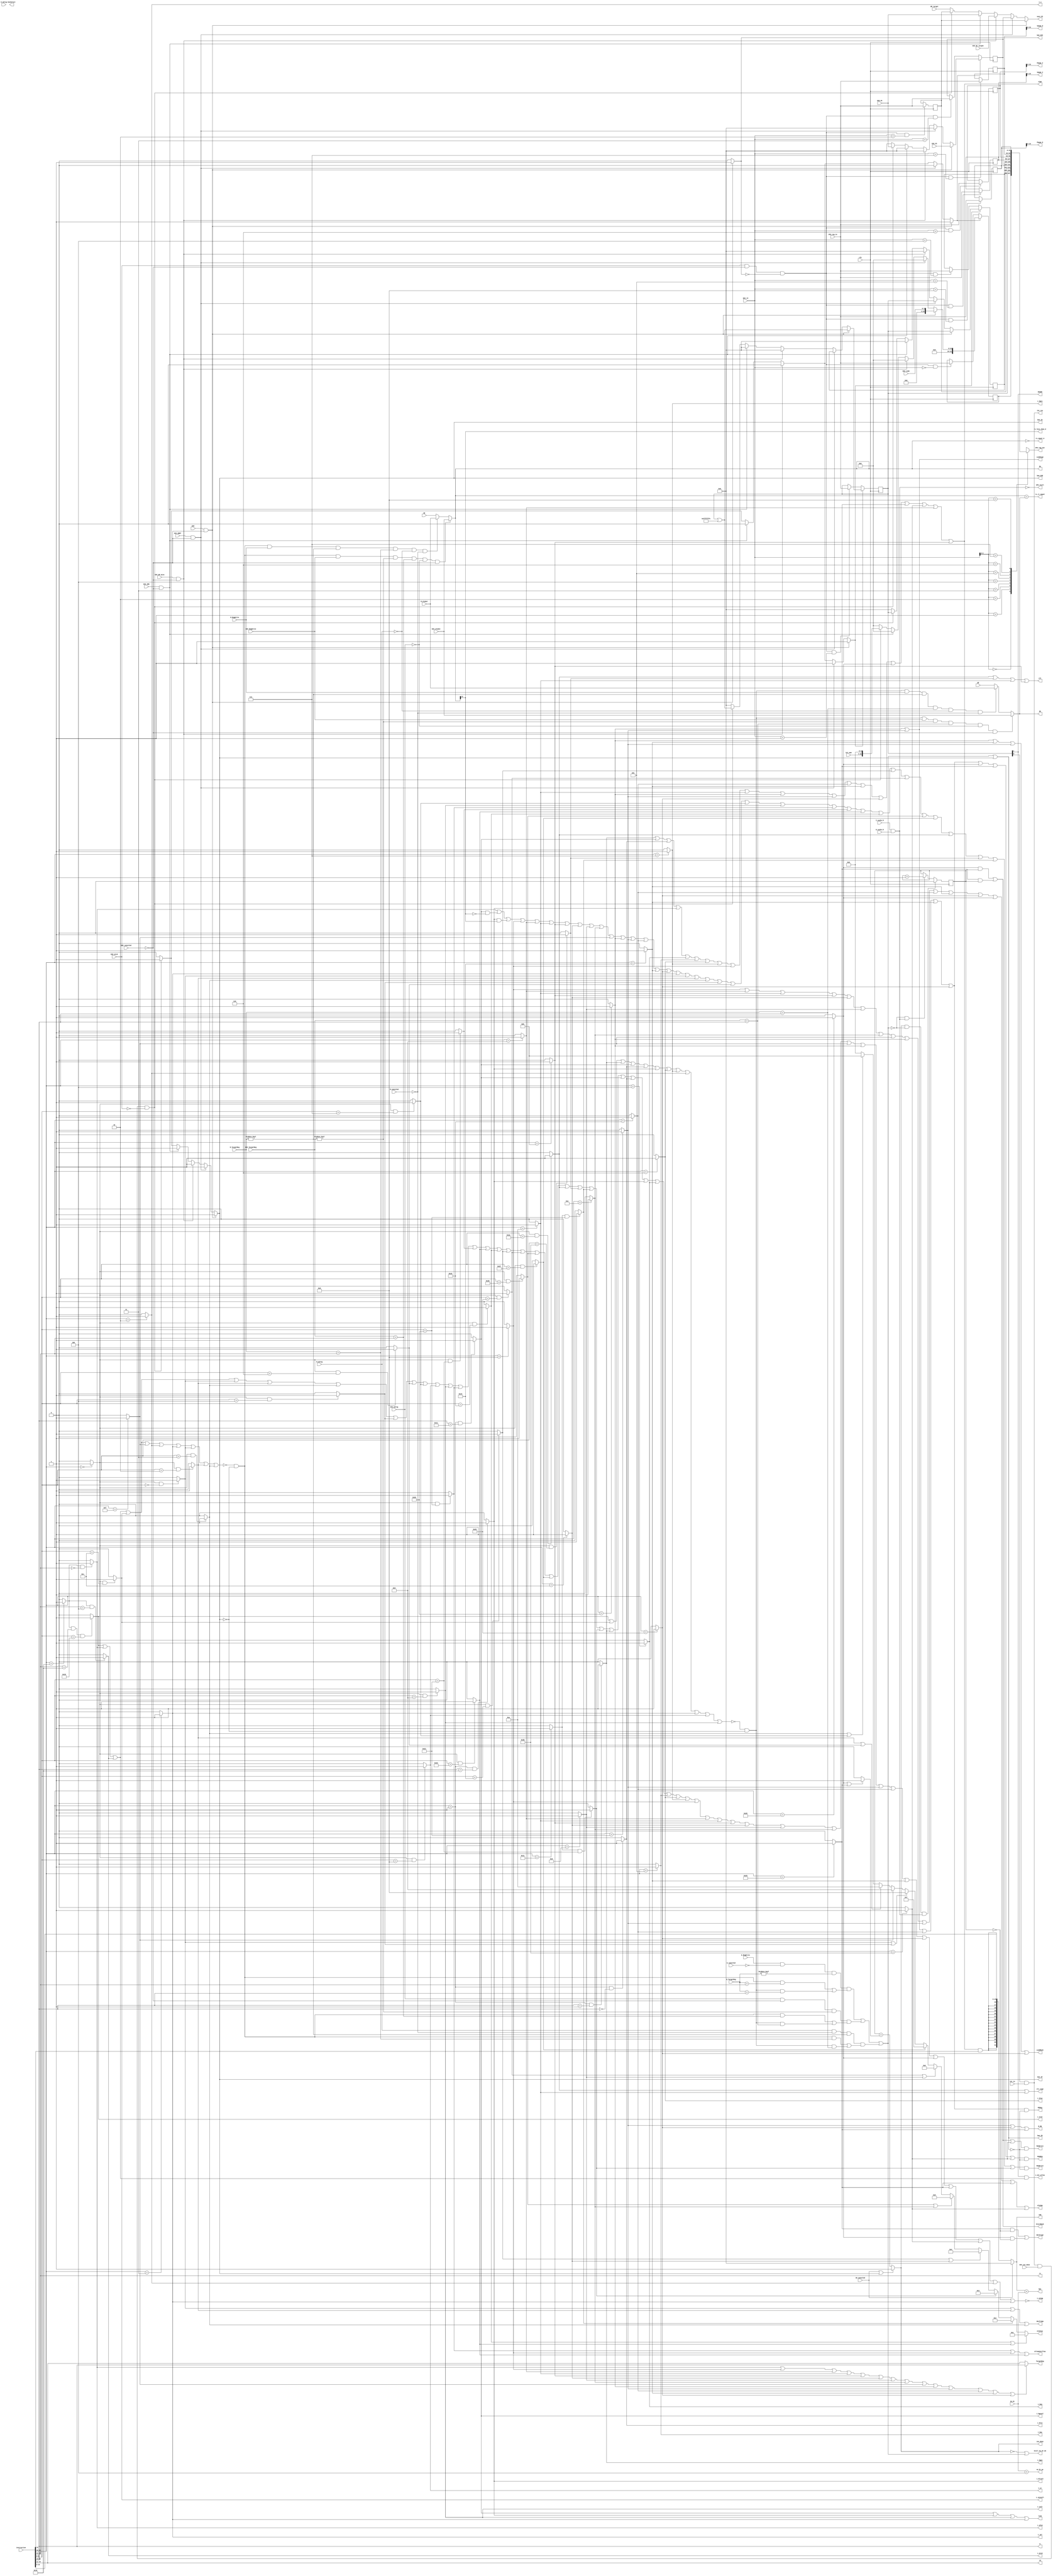
module control_unit(
    //protected mode signals
        mmuEN, Vpage_I, Ppage_I, Vpage_D, Ppage_D,
    //instruction from IF stage
    //op,rs,rt,rd,func, 
        instruction, ID_canceled,
    //output to register files
        rs,rt,
    //input from register files
        qa,qb,

    //data output for next stage
        da, db, imm, TargetReg, 
    
    //output control signals for next stage
        RegWrite,M2Reg,MemReq,MemWrite,AluImm,ShiftImm,link,slt,sign,slt_sign,
        //for different load/store instructions
        StoreMask,LoadMask,B_HW,LoadSign, NotAlign,
        //for ALU
        AluFunc,ExeSelect,AllowOverflow ,
        //signal for mtc0 and mfc0 at EXC stage
        i_mtc0,i_mfc0, rd,
        //signal for multi-cycle instruction done
        ins_done,
        //signal used for branch target calculation
        bpc,no_br_pc,
        i_j,i_jal,i_jr,i_jalr,i_eret,i_bgez,i_bgezal,i_bltz,i_bltzal,i_blez,
        i_bgtz,i_beq,i_bne,
        rs_equal_0, rs_rt_equal, rs_less_than_0,
        //ID stage exception outputs
        i_syscall,i_unimp,i_not_allow,

    //for Pipeline control
        //input signals for data forward
        E_TargetReg,   E_m2reg,   E_RegWrite,
        EXC_TargetReg, EXC_m2reg, EXC_RegWrite,
        M_TargetReg,   M_m2reg,   M_RegWrite,
        EXC_AluOut,    M_AluOut,      
        //Input canceled signals
        E_canceled, EXC_canceled, M_canceled,
        //control signals for pipeline stall
        //inputs
        I_cache_R, D_cache_R,
        //outputs
        CPU_stall, Stall_IA_IF_ID, 
    //next PC is calculated within CU
        next_PC,
        //use these values as next PC in different situations
        BP_target,EXC_Br_target,
    //for exception and interrupt
        //ban signal output for different stages
        ban_IA, ban_IF, ban_ID, ban_EXE, ban_EXC,
        //PC in different stage
        ID_PC,EXE_PC,EXC_PC,
        //exception input from different stages
        EXC_code,EXC,
        EXC_BP_miss, EXC_SMC, EXC_ERET,
        //instruction done signal from EXC stage for exception interrupt control
        EXC_ins_done,

        //signal from EXC stage for write request to control registers
        EXC_mtc0, EXC_rd, CP0_reg_in, CP0_reg_out,
        //interrupt vector input from the interrupt controller
        int_num,
        //interrupt input
        int_in,
        //interrupt accept output 
        int_rec,
    //clock input
        clk
);
    //######################## Interface description ###########################
    //protected mode flag output for IA stage
    output mmuEN;
    assign mmuEN = protected_mode;
    //mmu update signals
    parameter PAGE_NUM_WIDTH = 20;
    output [PAGE_NUM_WIDTH-1: 0] Vpage_I, Ppage_I, Vpage_D, Ppage_D;
    assign Vpage_I = CP0_Reg[5][PAGE_NUM_WIDTH-1: 0];
    assign Ppage_I = CP0_Reg[6][PAGE_NUM_WIDTH-1: 0];
    assign Vpage_D = CP0_Reg[7][PAGE_NUM_WIDTH-1: 0];
    assign Ppage_D = CP0_Reg[8][PAGE_NUM_WIDTH-1: 0];

    //-------------------------Instruction from IF stage -----------------------
    //instruction input from IF stage
    //input [5:0] op, func;
    //input [4:0] rs, rt, rd;
    input [31:0] instruction;
    input ID_canceled;
    //If the pre-fetched instruction has been canceled at IF stage, CU treats it
    //as a nop instruction. 
    wire [5:0] op =   instruction [31:26];
    //output to register files
    output [4:0] rs ;
    assign rs = instruction [25:21];
    output [4:0] rt ;
    assign rt = instruction [20:16];
    wire [5:0] func = instruction [5:0];
    
    
    //--------------------Input from Register File------------------------------
    input [31:0] qa,qb;
    
    //--------------------Data Output to Next Stage-----------------------------
    output [31:0] da,db,imm;
    output [4:0] TargetReg;


    //-------------------------Control Signals to next stage---------------------
    //These signals is the decoded signal for next stage driving different part
    //in the CPU.
    //RegWrite  : instruction needs to write a register
    //M2Reg     : instruction needs to read memory into a register
    //MemReq    : instruction needs to read or write memory
    //MemWrite  : instruction needs to write memory
    //AluImm    : one of the input of ALU is a immediate number
    //shift     : operation of EXE stage is shift operation
    //link      : instruction is a jump and link instruction
    //stl       : instruction is a condition testing and conditional move operation
    output     RegWrite,M2Reg,MemReq,MemWrite,AluImm,ShiftImm,link,slt;

    //This signal controls the sign extension in ID stage, it's used for instructions
    //that needs immediate operand. It is also used in EXE stage for mask the overflow
    //signal. 
    output sign;
    output slt_sign;
    //These signals are used for load/store byte and half word instructions
    output StoreMask,LoadMask,B_HW,LoadSign,NotAlign;

    //ExeSelect : select the output of EXE stage 这个向量目前需要修改。
    //  00  :  pc8;
    //  01  :  HL_out;
    //  10  :  arith_out;
    //  11  :  32'b0   
    //我撤掉了乘法除法的支持，因此HL_out这个需要改
    //从延时槽改成了分支预测，因此pc8也需要改动
    output reg [1:0] ExeSelect;

    //AluFunc   : Alu function code when the instruction needs to use the ALU
    //               |Unit 00    | Unit 01    | Unit 10    | Unit 11    |
    //               |---------------------------------------------------
    //               |code  func | code  func | code  func | code  func |
    //               |--------------------------------------------------|
    //               |0000  ADD  | 0100  AND  | 1000  SLL  | 1100  MULT |
    //               |0001  SUB  | 0101  XOR  | 1001  LUI  | 1101  MULTU|
    //               |0010  CLZ  | 0110  OR   | 1010  SRL  | 1110  DIV  |
    //               |0011  CLO  | 0111  NOR  | 1011  SRA  | 1111  DIVU |
    output reg [3:0] AluFunc;
    output AllowOverflow ;
    //signals for mtc0 and mfc0 at EXC stage
    output i_mtc0,i_mfc0;
    //This vector is for mtc0 and mfc0 at EXC stage
    output [4:0] rd;
    assign rd =  instruction [15:11];
    //signal for indicate multi-cycle instruction done
    output ins_done;
    
    //signal used for branch target calculation
    output [31:0] bpc,no_br_pc;
    output i_j,i_jal,i_jr,i_jalr,i_eret,i_bgez,i_bgezal,i_bltz,i_bltzal,i_blez,
            i_bgtz,i_beq,i_bne;
    output   rs_equal_0,rs_rt_equal,rs_less_than_0;

    //ID stage exception outputs
    output i_syscall,i_unimp,i_not_allow;

    //------------------for pipeline control--------------------------------------
    //--------------------------For data forward---------------------------------
    //signals for data forward. They are used for solving data hazard.
    //M_m2reg indicates there is a memory to register operation in the MEM stage
    //M_RegWrite indicates there is a register write operation in the MEM stage
    //E_m2reg and E_RegWrite are the same but for EXE stage.
    input  M_m2reg,M_RegWrite,E_m2reg,E_RegWrite,EXC_m2reg,EXC_RegWrite;

    //These signals tell CU target register number in register write operations
    input  [ 4:0] M_TargetReg,EXC_TargetReg,E_TargetReg;

    //These signals are the data in different stages.
    input  [31:0] EXC_AluOut,M_AluOut;
    
    //Canceled signals for data forward
    input E_canceled, EXC_canceled, M_canceled;
    //cache ready inputs
    input I_cache_R, D_cache_R;
    //CPU_stall stalls cpu when cache is not ready
    output CPU_stall;
    assign CPU_stall = ~(I_cache_R & D_cache_R);
    //Stall_IA_IF_ID disable the write enable of PC and IR register. This signal is active when
    //we need to pause the instruction fetch while other stages still go, e.g. a read
    //after write data hazard.
    output Stall_IA_IF_ID;

    //next PC is calculated within CU
    output reg [31:0] next_PC;
    //next_PC in normal state
    input [31:0] BP_target;
    //next_PC in BP_miss
    input [31:0] EXC_Br_target;

    //These signals abandon the instruction in each stage. Instruction should be abandoned
    //when there's a pipe line event such as EXC_BP_miss, exception,etc.
    output  ban_IA,ban_IF,ban_ID,ban_EXE;
    output reg ban_EXC;
    assign ban_IA = ban_IA_IF_ID_EXE;
    assign ban_IF = ban_IA_IF_ID_EXE;
    assign ban_EXE = ban_IA_IF_ID_EXE;

    //PC register from different stages. These inputs are used for control the pipeline
    //when there's a branch, interrupt or exception. 
    input [31:0] ID_PC, EXE_PC, EXC_PC;

    //signal from EXC stage for exception and  interrupt control
    //exception input from EXC stages
    input [3:0] EXC_code;
    input EXC;
    //bpmiss, SMC and Eret signal
    input EXC_BP_miss;
    input EXC_SMC;
    input EXC_ERET;
    //ins done from EXC stage for interrupt control
    input EXC_ins_done;

    //signal from EXC stage for write request to control registers
    input EXC_mtc0;
    input [4:0] EXC_rd;
    input [31:0] CP0_reg_in;
    output [31:0] CP0_reg_out;

    //for interrupt
    input int_in;
    output int_rec;
    input [19:0] int_num;

    //-----------------for clock and synchronize clear------------------------------
    input clk;


    //######################## Module Implementation ###########################

    //-----------------------Decode the Instructions------------------------------
    //the instruction is R-type if the op code is 000000(SPECIAL), 011100(SPECIAL2)
    //or 010000(CP0). 
    wire r_type  = ((op == 6'b000000)? 1'b1:1'b0);
    wire r_type_2 = ((op == 6'b011100)? 1'b1:1'b0);
    wire r_type_cp0 = ((op == 6'b010000)? 1'b1:1'b0);

    //supported instructions:
    //R_type
    wire i_eret = (r_type_cp0 && rs==5'b10000 && func==6'b011000)?1'b1:1'b0;
    wire i_mfc0 = (r_type_cp0 && rs==5'b00000) ? 1'b1:1'b0;
    wire i_mtc0 = (r_type_cp0 && rs==5'b00100) ? 1'b1:1'b0;

    wire i_syscall = (r_type && func ==6'b001100) ? 1'b1:1'b0;

    wire i_sll  = (r_type && func==6'b000000) ? 1'b1:1'b0;
    wire i_srl  = (r_type && func==6'b000010) ? 1'b1:1'b0;
    wire i_sra  = (r_type && func==6'b000011) ? 1'b1:1'b0;
    wire i_sllv = (r_type && func==6'b000100) ? 1'b1:1'b0;
    wire i_srlv = (r_type && func==6'b000110) ? 1'b1:1'b0;
    wire i_srav = (r_type && func==6'b000111) ? 1'b1:1'b0;
    wire i_jr   = (r_type && func==6'b001000) ? 1'b1:1'b0;
    wire i_jalr = (r_type && func==6'b001001) ? 1'b1:1'b0;
    wire i_add  = (r_type && func==6'b100000) ? 1'b1:1'b0;
    wire i_addu = (r_type && func==6'b100001) ? 1'b1:1'b0;
    wire i_sub  = (r_type && func==6'b100010) ? 1'b1:1'b0;
    wire i_subu = (r_type && func==6'b100011) ? 1'b1:1'b0;
    wire i_and  = (r_type && func==6'b100100) ? 1'b1:1'b0;
    wire i_or   = (r_type && func==6'b100101) ? 1'b1:1'b0;
    wire i_xor  = (r_type && func==6'b100110) ? 1'b1:1'b0;
    wire i_nor  = (r_type && func==6'b100111) ? 1'b1:1'b0;
    wire i_slt  = (r_type && func==6'b101010) ? 1'b1:1'b0;
    wire i_sltu = (r_type && func==6'b101011) ? 1'b1:1'b0;

    wire i_clz  = (r_type_2 && func==6'b100000) ? 1'b1:1'b0;
    wire i_clo  = (r_type_2 && func==6'b100001) ? 1'b1:1'b0;

    //I_type
    wire i_bgez   = (op==6'b000001 && rt==5'b00001) ? 1'b1:1'b0;
    wire i_bgezal = (op==6'b000001 && rt==5'b10001) ? 1'b1:1'b0;
    wire i_bltz   = (op==6'b000001 && rt==5'b00000) ? 1'b1:1'b0;
    wire i_bltzal = (op==6'b000001 && rt==5'b10000) ? 1'b1:1'b0;
    wire i_beq    = (op==6'b000100) ? 1'b1:1'b0;
    wire i_bne    = (op==6'b000101) ? 1'b1:1'b0; 
    wire i_blez   = (op==6'b000110) ? 1'b1:1'b0;
    wire i_bgtz   = (op==6'b000111) ? 1'b1:1'b0;
    wire i_addi   = (op==6'b001000) ? 1'b1:1'b0;
    wire i_addiu  = (op==6'b001001) ? 1'b1:1'b0;
    wire i_slti   = (op==6'b001010) ? 1'b1:1'b0;
    wire i_sltiu  = (op==6'b001011) ? 1'b1:1'b0;
    wire i_andi   = (op==6'b001100) ? 1'b1:1'b0;
    wire i_ori    = (op==6'b001101) ? 1'b1:1'b0;
    wire i_xori   = (op==6'b001110) ? 1'b1:1'b0;
    wire i_lui    = (op==6'b001111) ? 1'b1:1'b0;
    wire i_lb     = (op==6'b100000) ? 1'b1:1'b0;
    wire i_lh     = (op==6'b100001) ? 1'b1:1'b0;
    wire i_lw     = (op==6'b100011) ? 1'b1:1'b0;
    wire i_lbu    = (op==6'b100100) ? 1'b1:1'b0;
    wire i_lhu    = (op==6'b100101) ? 1'b1:1'b0;
    wire i_sb     = (op==6'b101000) ? 1'b1:1'b0;
    wire i_sh     = (op==6'b101001) ? 1'b1:1'b0;
    wire i_sw     = (op==6'b101011) ? 1'b1:1'b0;

    //J_type
    wire i_j   = (op==6'b000010) ? 1'b1:1'b0;
    wire i_jal = (op==6'b000011) ? 1'b1:1'b0;

    //for instructions which are not implemented. 
    wire i_unimp =~(i_eret | i_mfc0 | i_mtc0 | i_syscall |i_sll | i_srl | 
                    i_sra | i_sllv | i_srlv | i_srav | i_jr | i_jalr | i_add | 
                    i_addu | i_sub | i_subu | i_and  | i_or | i_xor | i_nor | 
                    i_slt | i_sltu | i_clz | i_clo | i_bgez | i_bgezal | i_bltz|
                    i_bltzal | i_beq | i_bne | i_blez | i_bgtz | i_addi | i_addiu |
                    i_slti | i_sltiu | i_andi | i_ori | i_xori | i_lui | i_lb |
                    i_lh | i_lw | i_lbu | i_lhu | i_sb | i_sh | i_sw | i_j | i_jal);
  
    wire protected_mode = CP0_Reg[1][1];
    wire i_not_allow = protected_mode & (i_eret | i_mfc0 | i_mtc0);

    //------------------------Multi-cycle instructions----------------------------
    //cycle implies number of cycles for a instruction
    //The width of this signal is variable. For now the maximum is 2 clock cycles,
    //so the cycle is 1 bit long.
    wire cycle = (i_sb|i_sh) ? 1'b1 : 1'b0;
    //upc is the micro program counter for multi-cycle instructions.
    //upc is cleared when a instruction is done.
    //As mentioned above the width of this counter is variable.
    reg upc;
    //New instruction is fetched only when last instruction is done.
    wire ins_done = (ID_canceled | ban_ID_EXC) ? 1'b1 : upc == cycle;
    initial begin
        upc <=0;
    end
    always @(posedge clk)
    begin

            if (ins_done &~Stall_RAW & ~CPU_stall) upc <= 0;
            //If there's a read after write hazard, the ID and IF stage must be wait
            //for one clock cycle, so does the update of upc. 
            //Use a separate stall signal from Stall_ID_IF is necessary, because 
            //when a multi-cycle instruction is not finished, we use Stall_ID_IF
            //to stall the ID and IF stage, but the upc should still update. 
            else if (~Stall_RAW & ~CPU_stall) upc <= upc +1'b1;
    end


    //-------------------------generate control signals---------------------------
    //RegWrite is High when instruction needs to write registers.
    //This signal is used as write enable signal of the register file at WB stage.
    assign RegWrite = (i_mfc0|(i_bgezal & (~rs_less_than_0))|(i_bltzal & rs_less_than_0)
                    |i_addi|i_addiu|i_slti|i_sltiu|i_andi|i_ori|i_xori|i_lui|i_lb|i_lh
                    |i_lw|i_lbu|i_lhu|i_jal|i_sll|i_srl|i_sra|i_sllv|i_srlv|i_srav|i_jalr
                    |i_add|i_addu|i_sub|i_subu|i_and|i_or|i_xor|i_nor|i_slt|i_sltu|i_clz
                    |i_clo) & ~ban_ID;

    //Memory to Register is active when the instruction is a load operate. 
    //This signal is used for selecting input of register file at WB stage. 
    assign M2Reg = (i_lb|i_lh|i_lw|i_lbu|i_lhu) & ~ban_ID;

    //Memory request signal is active when the instruction needs to access the memory,
    //This signal is used at MEM stage. If accessing the memory is not needed, MEM can
    //be skipped BASEd on this signal. 
    //Store byte and Store half-word request memory access at both two cycle.
    assign MemReq = (i_lb|i_lh|i_lw|i_lbu|i_lhu|i_sb|i_sh|i_sw) & ~ban_ID;
    
    //Memory Write is active when the instruction is a store operate.
    //Store byte and Store half-word need two cycle, second cycle of these two instruction
    //need to write the memory
    assign MemWrite = (i_sb & (upc == 1)|i_sh & (upc ==1)|i_sw) & ~ban_ID;

    //AluImm indicates that operand B of ALU is an immediate operand, it is used at EXE 
    //stage.
    //For load and store instructions, memory address is calculated by alu with an 
    //16-bit immediate offset and rs.
    //Branch instructions have 16-bit immediate offset, but the target address is 
    //calculated at ID stage, so AluImm signal is zero for branch instructions.
    assign AluImm = i_addi|i_addiu|i_slti|i_sltiu|i_andi|i_ori|i_xori|i_lui|i_lb|i_lh
                    |i_lw|i_lbu|i_lhu|i_sb|i_sh|i_sw;
    
    //ShiftImm is used at EXE stage. For shift word operations, rs is 5-bit zeros, and
    //the shift amount is after rd, ShiftImm selected the correct sa into operand A of 
    //ALU. For shift word variable operations, This signal is low, since the shift amount 
    //is rs, like a normal R type instruction.
    assign ShiftImm = i_sll|i_srl|i_sra;

    //link signal is for branch and link operations. This signal is used at EXE stage,
    //link means that save corresponding pc into register 31, so when this signal is 
    //active, EXE stage will override the output of ALU with corresponding PC and select
    //31 as the target register number.
    assign link = i_bgezal|i_bltzal|i_jalr|i_jal;

    //slt is for set less than operations. When this signal is HIGH, the corresponding
    //comparator in EXE stage is active, and the output of EXE stage will be selected 
    //as the output of these comparators.
    assign slt =  i_slt|i_sltu|i_slti|i_sltiu;

    assign slt_sign = i_slt | i_slti;

    //Sign indicates that weather the immediate operand is sign or unsigned. It is used
    //in ID stage for sign extension of the immediate operand, and in EXE stage for 
    //overflow exception selecting corresponding comparator for set less than operations.
    //All the offset in the instructions are signed.
    assign sign = i_bgez|i_bgezal|i_bltz|i_bltzal|i_beq|i_bne|i_blez|i_bgtz|i_addi|i_slti
                    |i_lb|i_lh|i_lw|i_lbu|i_lhu|i_sb|i_sh|i_sw|i_addiu|i_sltiu;

    //StoreMask select the masked value as the input of memory. This signal is active
    //at the second cycle of store byte and store half word. 
    assign StoreMask = (i_sb & upc==1) | (i_sh & upc==1);
    assign NotAlign =  (i_sh & upc==0) | (i_sb & upc==0);

    //LoadMask select the masked value as the output of MEM stage. This signal is active
    //for Load byte and Load half word instruction.
    assign LoadMask = i_lb|i_lbu|i_lh|i_lhu;

    //for load/store byte/half word, B_HW is HIGH for load/store half word, and LOW for
    //load/store byte. 
    assign B_HW = i_lh|i_lhu|i_sh;

    //This is for load byte/half word signed instructions.
    assign LoadSign = i_lh|i_lb;

    //Most instructions use rd as target register, but some use rt as target. 
    //TargetRegSel is active when a instruction uses rt as target register.
    //This signal is used in ID stage. 
    wire TargetRegSelect = i_mfc0|i_addi|i_addiu|i_slti|i_sltiu|i_andi|i_ori|i_xori
                    |i_lui|i_lb|i_lh|i_lw|i_lbu|i_lhu;
    assign TargetReg = TargetRegSelect ? rt : rd;

    wire AllowOverflow = i_add | i_addi | i_sub;
    //alu function code generate
    //AluFunc   : Alu function code when the instruction needs to use the ALU
    //               |Unit 00    | Unit 01    | Unit 10    | Unit 11    |
    //               |---------------------------------------------------
    //               |code  func | code  func | code  func | code  func |
    //               |--------------------------------------------------|
    //               |0000  ADD  | 0100  AND  | 1000  SLL  | 1100  MULT |
    //               |0001  SUB  | 0101  XOR  | 1001  LUI  | 1101  MULTU|
    //               |0010  CLZ  | 0110  OR   | 1010  SRL  | 1110  DIV  |
    //               |0011  CLO  | 0111  NOR  | 1011  SRA  | 1111  DIVU |
    always @ (*) begin
      if (i_subu|i_sub)                 AluFunc = 4'b0001;
      else if (i_clz)                   AluFunc = 4'b0010;
      else if (i_clo)                   AluFunc = 4'b0011;
      else if (i_and|i_andi)            AluFunc = 4'b0100;
      else if (i_xor|i_xori)            AluFunc = 4'b0101;
      else if (i_or|i_ori)              AluFunc = 4'b0110;
      else if (i_nor)                   AluFunc = 4'b0111;
      else if (i_sll|i_sllv)            AluFunc = 4'b1000;
      else if (i_lui)                   AluFunc = 4'b1001;
      else if (i_srl|i_srlv)            AluFunc = 4'b1010;
      else if (i_sra|i_srav)            AluFunc = 4'b1011;
      //for all other situations alu performs add operation.
      else                              AluFunc = 4'b0000;
    end

    //------------------Immediate operand output---------------------------------
    //sign extension controlled by sign signal. 
    wire e = sign & instruction[15];
    wire [15:0] ext16 = {16{e}};
    assign imm = ID_canceled ? 32'b0 : { ext16, instruction[15:0] };



    //------------------------CP0 Registers--------------------------------------
    //CP0 Reg is the register group for control the CPU. 
    //CP0_Reg[0] is Cause Register, stores the number of interrupt or exception.
    //Cause register is 32-bit. Each cause input has 3 bits, the cause register
    //is arranged as below:
    //       -----------------------------------------
    //       |            CAUSE     REGISTER          |
    //       ------------------------------------------
    //       |31                     |3             0|
    //       -----------------------------------------
    //       |        interrupt      |      EXC      |
    //       -----------------------------------------
    //CP0_Reg[1] is Status Register, controls the interrupt mask. 
    //For now we use the lowest bit of this register for interrupt mask, other bit
    //of this register is currently reserved. 
    //      -------------------------------------------
    //      |           STATUS   REGISTER             |
    //      -------------------------------------------
    //      |31              2|           1   |  0     |
    //      -------------------------------------------
    //      |    reserved     | protect mode  |INT mask|
    //      -------------------------------------------
    //CP0_Reg[2] is Base Register, stores the entry of the interrupt /exception
    //  service program. 
    //CP0_REG[3] is EPC Register, stores the return address for eret instruction. 
    //This group of control registers is accessed by mfc0 and mtc0, and indexed
    //by the rd field of the instructions. 
    //CP0_REG[4] is the backup of STATUS register. 
    //CP0_REG[5] stores the virtual page number for instruction MMU
    //CP0_REG[6] stores the physical page number for instruction MMU
    //CP0_REG[7] stores the virtual page number for data MMU
    //CP0_REG[8] stores the physical page number for data MMU
    reg [31:0] CP0_Reg[9];
    
    //Alies of control registers
    wire [31:0] BASE;
    assign BASE = CP0_Reg[2];
    wire [31:0] STATUS;
    assign STATUS = CP0_Reg[1];
    wire [31:0] CAUSE;
    assign CAUSE = CP0_Reg[0];
    wire [31:0] STATUS_bak;
    assign STATUS_bak = CP0_Reg[4];
    wire [31:0] EPC;
    assign EPC = CP0_Reg[3];


    integer i;
    always @(posedge clk)
    begin
            //write the CAUSE register CP0_Reg[0]
                //when there's an exception or interrupt
                if (update_CAUSE_exc) begin
                    CP0_Reg[0] <= CAUSE_exc_in;
                end
                //when there's a mtc0 instruction. 
                else if (EXC_mtc0 & ~EXC_canceled & ~ban_EXC & EXC_rd == 0) 
                begin
                    CP0_Reg[0] <= CP0_reg_in;
                end
            //write the STATUS register CP0_Reg[1]
                //when there's an exception or interrupt
                //This has a higher priority than mtc0. 
                if (update_STATUS_exc) begin
                    CP0_Reg[1] <= STATUS_exc_in;
                end 
                //when there's a mtc0 instruction. 
                else if (EXC_mtc0 & ~EXC_canceled & ~ban_EXC & EXC_rd == 1) 
                begin
                    CP0_Reg[1] <= CP0_reg_in;
                end
            //write the BASE register CP0_Reg[2]
                //BASE register is not changed by exceptions or interrupts
                //mtc0 instruction can change the value of it. 
                if (EXC_mtc0 & ~EXC_canceled & ~ban_EXC & EXC_rd == 2) 
                begin
                    CP0_Reg[2] <= CP0_reg_in;
                end
            //write the EPC register CP0_Reg[3]
                //when there's an exception or interrupt
                if (update_EPC_exc) begin
                    CP0_Reg[3] <= EPC_exc_in;
                end
                //when there's mtc0 instruction. 
                else if (EXC_mtc0 & ~EXC_canceled & ~ban_EXC & EXC_rd == 3) 
                begin  
                    CP0_Reg[3] <= CP0_reg_in;
                end
            //write the STATUS_bak register CP0_Reg[4]
                //when there's an exception or interrupt. 
                if (update_STATUS_exc) begin
                    CP0_Reg[4] <= STATUS_bak_in;
                end
                //when there's mtc0 instruction. 
                else if (EXC_mtc0 & ~EXC_canceled & ~ban_EXC & EXC_rd == 4) 
                begin
                    CP0_Reg[4] <= CP0_reg_in;
                end
            //following control registers is for I mmu and D mmu
            //write CP0_Reg[5]
                if (EXC_mtc0 & ~EXC_canceled & ~ban_EXC & EXC_rd == 5) 
                begin
                    CP0_Reg[5] <= CP0_reg_in;
                end
            //write CP0_Reg[6]
                if (EXC_mtc0 & ~EXC_canceled & ~ban_EXC & EXC_rd == 6) 
                begin
                    CP0_Reg[6] <= CP0_reg_in;
                end
            //write CP0_Reg[7]
                if (EXC_mtc0 & ~EXC_canceled & ~ban_EXC & EXC_rd == 7) 
                begin
                    CP0_Reg[7] <= CP0_reg_in;
                end
            //write CP0_Reg[8]
                if (EXC_mtc0 & ~EXC_canceled & ~ban_EXC & EXC_rd == 8) 
                begin
                    CP0_Reg[8] <= CP0_reg_in;
                end
    end
    wire [31:0] CP0_reg_out;
    assign CP0_reg_out = CP0_Reg[EXC_rd];

    //implement of mfc0 and mtc0
    //mtc0 is done in ID stage itself, The output of register file feed into 
    //CU's CP0_reg_in, rd field as index, i_mtc0 signal controls the write enable.
    //mfc0 is done at WB stage. rd as index, the output of CP0 register group is
    //selected by the I_MFC0; At EXE stage, the output of CP0 register add 
    //rs which is zero, then skip MEM stage, send to target register in WB stage. 
    //assign db = i_mfc0 &~ban_ID ? CP0_reg_out : regB;
    
    //now mfc0 and mtc0 is done at EXC stage
    assign db = regB;
    assign da = regA;

    //------------------------Data Forward Logic--------------------------------
    //need_rs is active when a instruction needs rs as operand. 
    wire need_rs = ~(i_eret|i_mfc0|i_mtc0|i_syscall|i_lui|i_j|i_jal|i_sll|i_srl|i_sra)
                    & ~ban_ID_EXC;
    //need_rt is active when a instruction needs rt as operand. 
    wire need_rt = ~(i_eret|i_syscall|i_bgez|i_bgezal|i_bltz|i_bltzal|i_blez|i_bgtz|i_j
                    |i_jal|i_jr|i_jalr) & ~ban_ID_EXC;
    
    // When there's a read after 
    //write hazard, the IA, IF and ID stage need to stop for one or two clock cycles to wait
    //the data reach to the EXC or MEM stage. Current instruction in ID stage will be executed
    //multiple times, so there should be a cancel signal to abandon the current instruction. 
    //A read after write hazard happens when the last instruction is a load instruction,
    //and the followed instruction use the target register of the previous load 
    //instruction. Or the followed instruction used the targeted register of the last
    //instruction as its source. 
    //ID stage can spot this hazard by compare the EXE, EXC and MEM stage's situations. 
    //Situation 1:
    //  "E_RegWrite" in EXE stage are high means that there's a instruction will write 
    //  register file in EXE stage now, and if the source of current instruction is as
    //  same as the target of the instruction in EXE stage (E_TargetReg == rs or rt), 
    //  "Stall_RAW" is HIGH, and the IA, ID and IF stage will stall for one cycle.
    //Situation 2:
    //  If there's a Load instruction in EXC stage (EXC_M2Reg is high), and the target of 
    //  this instruction is the same one of the source register of the current instruction
    //  (EXC_TargetReg == rs or rt), "Stall_RAW" is HIGH, and the ID and IF stage will
    //  stall for one cycle.
    //Situation 3:
    //  If there's a Load instruction in MEM stage (M_m2reg is high), and the target of
    //  this instruction is the same one of the source register of the current instruction
    //  (M_TargetReg == rs or rt), "Stall_RAW" is HIGH, and the ID and IF stage will 
    //  stall for one cycle.
    //If IF and ID stage Stalled by RAW hazard, the update of upc is also stopped. 

    wire Stall_RAW =//situation 1
                        (E_RegWrite & ~E_canceled &  (E_TargetReg!=0) &
                        (need_rs & (E_TargetReg==rs)| need_rt & (E_TargetReg==rt))) |
                    //situation 2
                        (EXC_m2reg & ~EXC_canceled & (EXC_TargetReg != 0) &
                        (need_rs & (EXC_TargetReg==rs)| need_rt & (EXC_TargetReg==rt)))|
                    //situation 3
                        (M_m2reg & ~M_canceled & (M_TargetReg != 0) &
                        (need_rs & (M_TargetReg==rs)| need_rt & (M_TargetReg==rt)));


    //We have two ban signal at ID stage to avoid logic loop, ban_ID_RAW and ban_ID_EXC.
    //ban_ID_RAW has lower priority, it can't mask out the Stall_RAW but ban_ID_EXC can.
    //When a RAW hazard happens, Stall_RAW and Stall_ID_IF will be HIGH, so the IF and 
    //ID stage is stalled, and other stage can still run. But when ban_ID_EXC is high,
    //the RAW hazard in ID stage will be canceled. 
    wire ban_ID_RAW = Stall_RAW;

    reg [31:0] regA, regB;
    //data forward for rs
    always @(*) begin
        //current instruction's first operand is the same as the target register
        //of the EXC stage, and the EXC stage is not a load instruciton, the Pipeline
        //has already stalled for 1 cycle, for Situation 1 described above. 
        if (need_rs & EXC_RegWrite & (EXC_TargetReg!=0) & (EXC_TargetReg == rs) & ~EXC_m2reg & ~EXC_canceled)
            regA = EXC_AluOut;
        //current instruction's first operand is the same as the target register 
        //of the MEM stage, and the Mem stage is not a load instruction, the Pipeline has
        //already stalled for 2 cycle, for Situation 2 described above.
        else if (need_rs & M_RegWrite & (M_TargetReg!=0) & (M_TargetReg == rs) & ~M_m2reg & ~M_canceled)
            regA = M_AluOut;
        //For other situations, if there is no RAW hazard, no bypass needed.
        //If the pipeline has stalled for two cycles for situation 2 described above, or
        //the RAW hazard happened between ID and WB stage, the bypass is in the regfile.
        else regA = qa;
    end 

    //data forward for rt
    always @(*) begin
        //Since it is similar to rs, the comments are omitted here. 
        if (need_rt & EXC_RegWrite & (EXC_TargetReg!=0) & (EXC_TargetReg == rt) & ~EXC_m2reg & ~EXC_canceled)
            regB = EXC_AluOut;
        else if (need_rt & M_RegWrite & (M_TargetReg !=0) & (M_TargetReg == rt) & ~M_m2reg & ~M_canceled)
            regB =M_AluOut;
        else regB = qb;
    end

    //--------------generate cancel and stall signals for ID ------------------
    assign Stall_IA_IF_ID = (~ins_done | Stall_RAW );
    
    //We have two ban signal at ID stage to avoid logic loop, ban_ID_RAW and ban_ID_EXC.
    //ban_ID_RAW has lower priority, it can't mask out the Stall_RAW but ban_ID_EXC can.
    assign ban_ID = ban_ID_RAW |ban_ID_EXC;
    

    //------------------------Interrupt and Exceptions---------------------------
    //------------------------Interrupt allow signal-----------------------------
    //When to response to an interrupt request
    wire int_mask = CP0_Reg[1][0];

    //When there is an external interrupt and the external interrupt is enabled,
    //or a software interrupt 
    //or an exception occurs, the processor jumps to the BASE register
    //int_rec is HIGH to indicate that CPU is going to jump to BASE register at
    //next clock cycle. 
    assign int_rec = int_mask & int_in;


    //------------------------processing EXC br_miss EXC_SMC and INT----------------------
    //signals for update the STATUS register (CP1)
    reg update_STATUS_exc;
    reg [31:0] STATUS_exc_in,STATUS_bak_in;

    //signals for update the CAUSE register (CP0)
    reg update_CAUSE_exc;
    //Cause register is 32-bit. Each cause input has 3 bits, the cause register
    //is arranged as below:
    //      31          |3         0|
    //        interrupt |    EXC    |
    reg [31:0] CAUSE_exc_in;
    //signals for update the EPC register (CP3)
    reg update_EPC_exc;
    reg [31:0] EPC_exc_in;

    //We have two ban signal at ID stage to avoid logic loop, ban_ID_RAW and ban_ID_EXC.
    //ban_ID_RAW has lower priority, it can't mask out the Stall_RAW but ban_ID_EXC can.
    //When a RAW hazard happens, Stall_RAW and Stall_ID_IF will be HIGH, so the IF and 
    //ID stage is stalled, and other stage can still run. But when ban_ID_EXC is high,
    //the RAW hazard in ID stage will be canceled. 
    wire ban_ID_EXC;
    assign ban_ID_EXC = ban_IA_IF_ID_EXE;

    //generated ban signals
    reg ban_IA_IF_ID_EXE;


    //calculate branch target
    //Branch offset for conditional branch instructions. 
    wire [31:0] br_offset = imm;
    //Target address for conditional branch instructions. 
    assign bpc = br_offset + ID_PC;

    assign no_br_pc = ID_PC +4;

    //signals for conditional branch. 
    assign rs_equal_0 = (regA ==  32'b0);
    assign rs_rt_equal = (regA == regB);
    assign rs_less_than_0 = regA[31];

    //Dealing with EXC \EXC_ERET\BPmiss\EXC_SMC\INT
    always @(*) begin
        //EXC has the highest priority
        if (EXC & ~EXC_canceled) begin
            //If there's an exception, 
            //EPC <- EXC_PC, STATUS: turn INT off and backup
            //CAUSE <- EXC_code, next_PC <- BASE
            //bansignal: ban IA IF ID EXE EXC
            //update EPC
                update_EPC_exc = 1;
                EPC_exc_in = EXC_PC;
            //update STATUS
                update_STATUS_exc = 1;
                //turn off interrupt
                STATUS_exc_in = 
                        STATUS | 32'b11111111111111111111111111111110;
                //backup current STATUS
                STATUS_bak_in = STATUS;
            //update CAUSE
                update_CAUSE_exc = 1;
                CAUSE_exc_in = {28'b0,EXC_code};
            //select next_PC (BASE)
                next_PC = BASE;
            //generating ban signals
                ban_IA_IF_ID_EXE = 1;
                ban_EXC =1;
        end
        //EXC_ERET and BP miss can happen at the same time
        //EXC_ERET has higher priority
        else if (EXC_ERET & ~EXC_canceled)begin
            //If there's an EXC_ERET instruction
            //EPC: no update, STATUS <- backup
            //CAUSE: no update, next_PC <- EPC
            //bansignal: ban IA IF ID EXE
            //no update EPC
                update_EPC_exc = 0;
                EPC_exc_in = 32'b0;
            //update STATUS
                update_STATUS_exc = 1;
                //turn off interrupt
                STATUS_exc_in = STATUS_bak;
                //backup current STATUS
                STATUS_bak_in = STATUS;
            //no update CAUSE
                update_CAUSE_exc = 0;
                CAUSE_exc_in = 32'b0;
            //select next_PC (EPC)
                next_PC = EPC;
            //generating ban signals
                ban_IA_IF_ID_EXE = 1;
                ban_EXC =0;
        end
        //BP miss and EXC_SMC can't happen at the same time
        //the priority between BP miss and EXC_SMC is not important
        else if (EXC_BP_miss & ~EXC_canceled)begin
            //If there's an BP miss, internel status of the processor
            //is not changed, select Br_target as next_PC
            //bansignal: ban IA IF ID EXE
            //no update EPC
                update_EPC_exc = 0;
                EPC_exc_in = 32'b0;
            //no update STATUS
                update_STATUS_exc = 0;
                STATUS_exc_in = 32'b0;
                STATUS_bak_in = 32'b0;
            //no update CAUSE
                update_CAUSE_exc = 0;
                CAUSE_exc_in = 32'b0;
            //select next_PC (Br_Target)
                next_PC = EXC_Br_target;
            //generating ban signals
                ban_IA_IF_ID_EXE = 1;
                ban_EXC =0;

        end
        else if (EXC_SMC & ~EXC_canceled)begin
            //If there's an EXC_SMC, internel status of the processor
            //is not changed, select EXE_PC as next_PC
            //bansignal: ban IA IF ID EXE
            //no update EPC
                update_EPC_exc = 0;
                EPC_exc_in = 32'b0;
            //no update STATUS
                update_STATUS_exc = 0;
                STATUS_exc_in = 32'b0;
                STATUS_bak_in = 32'b0;
            //no update CAUSE
                update_CAUSE_exc = 0;
                CAUSE_exc_in = 32'b0;
            //select next_PC (EXE_PC)
                next_PC = EXE_PC;
            //generating ban signals
                ban_IA_IF_ID_EXE = 1;
                ban_EXC =0;
        end
        //If every thing is normal in EXC stage and the INT is allowed
        //accept interrupt request
        else if (int_in & int_mask & EXC_ins_done & ~EXC_mtc0)begin
            //When dealing with interrupt
            //EPC <- EXE_PC, STATUS: turn INT off and backup
            //CAUSE <- INT vector, next_PC <- BASE
            //bansignal: ban IA IF ID EXE
            //update EPC
                update_EPC_exc = 1;
                EPC_exc_in = EXE_PC;
            //update STATUS
                update_STATUS_exc = 1;
                //turn off interrupt
                STATUS_exc_in = 
                            STATUS | 32'b11111111111111111111111111111110;
                //back up status register
                STATUS_bak_in = STATUS;
            //update CAUSE
                update_CAUSE_exc = 1;
                CAUSE_exc_in = {int_num,4'b0000};
            //select next_PC (BASE)
                next_PC = BASE;
            //generating ban signals
                ban_IA_IF_ID_EXE = 1;
                ban_EXC =0;
        end
        //Normal state
        else begin
            //do nothing
            //no update EPC
                update_EPC_exc = 0;
                EPC_exc_in = 32'b0;
            //no update STATUS
                update_STATUS_exc = 0;
                STATUS_exc_in = 32'b0;
                STATUS_bak_in = 32'b0;
            //no update CAUSE
                update_CAUSE_exc = 0;
                CAUSE_exc_in = 32'b0;
            //select next_PC (BP_Traget)
                next_PC = BP_target;
            //generating ban signals
                ban_IA_IF_ID_EXE = 0;
                ban_EXC =0;
        end
    end
endmodule